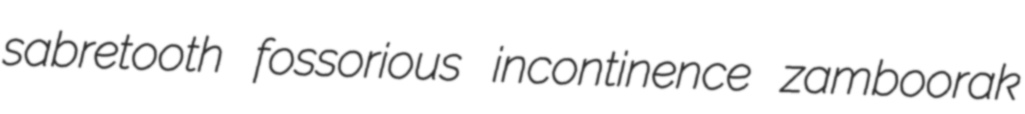
sabretooth fossorious incontinence zamboorak